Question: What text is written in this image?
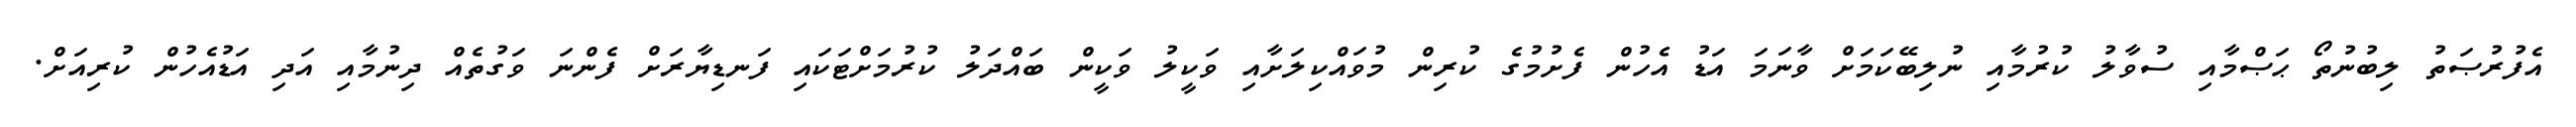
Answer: އެފުރުޞަތު ލިބުނުތޯ ޙަޞްމާއި ސުވާލު ކުރުމާއި ނުލިބޭކަމަށް ވާނަމަ އަޑު އެހުން ފެށުމުގެ ކުރިން މުވައްކިލަށާއި ވަކީލު ވަކީން ބައްދަލު ކުރުމަށްޓަކައި ފަނޑިޔާރަށް ފެންނަ ވަގުތެއް ދިނުމާއި އަދި އަޑުއެހުން ކުރިއަށް.